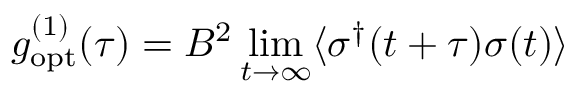
g _ { \mathrm { o p t } } ^ { ( 1 ) } ( \tau ) = B ^ { 2 } \operatorname* { l i m } _ { t \rightarrow \infty } \langle \sigma ^ { \dagger } ( t + \tau ) \sigma ( t ) \rangle